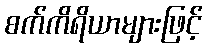
စက်ကိရိယာများဖြင့်